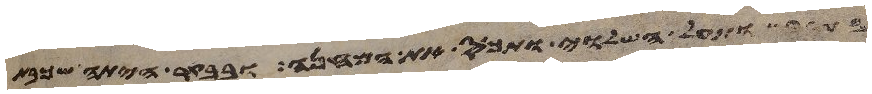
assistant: ותעל השלוי ותכס את המחנה ובבקר היתה